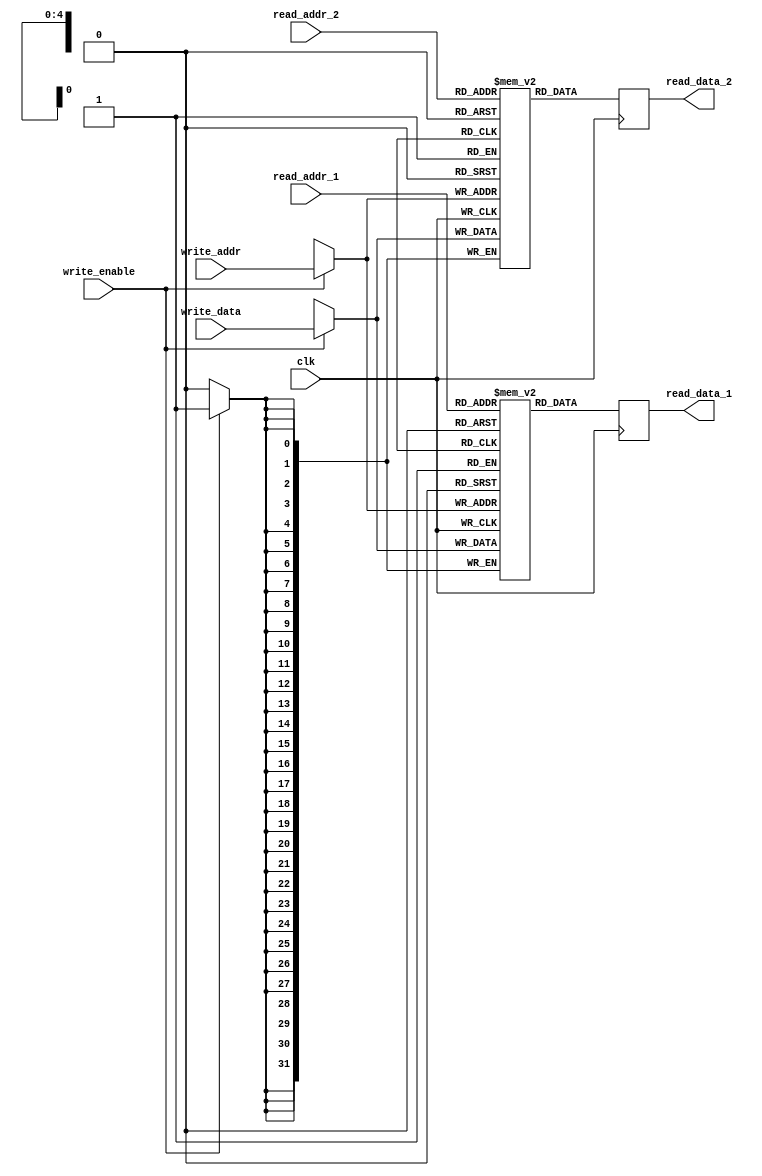
module register_file (
    input wire clk,
    input wire [31:0] write_data,
    input wire [4:0] write_addr,
    input wire write_enable,
    input wire [4:0] read_addr_1,
    input wire [4:0] read_addr_2,
    output reg [31:0] read_data_1,
    output reg [31:0] read_data_2
);

reg [31:0] memory_block_1 [0:31];
reg [31:0] memory_block_2 [0:31];
reg [31:0] memory_block_3 [0:31];

always @(posedge clk) begin
    if (write_enable) begin
        memory_block_1[write_addr] <= write_data;
        memory_block_2[write_addr] <= write_data;
        memory_block_3[write_addr] <= write_data;
    end
    
    read_data_1 <= memory_block_1[read_addr_1];
    read_data_2 <= memory_block_2[read_addr_2];
end

endmodule